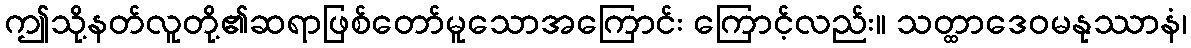
ဤသို့နတ်လူတို့၏ဆရာဖြစ်တော်မူသောအကြောင်း ကြောင့်လည်း။ သတ္ထာဒေဝမနုဿာနံ၊